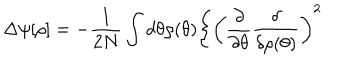
LaTeX: \Delta \psi [ \rho ] = - \frac { 1 } { 2 N } \int d \theta \rho ( \theta ) \Bigg \{ \left( \frac { \partial } { \partial \theta } \frac { \delta } { \delta \rho ( \theta ) } \right) ^ { 2 }